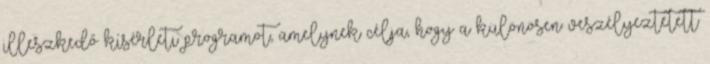
illeszkedő kísérleti programot, amelynek célja, hogy a különösen veszélyeztetett